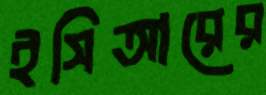
ইসিআরের